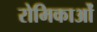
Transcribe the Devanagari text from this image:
रोमिकाओं